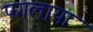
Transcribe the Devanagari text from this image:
पगलाया